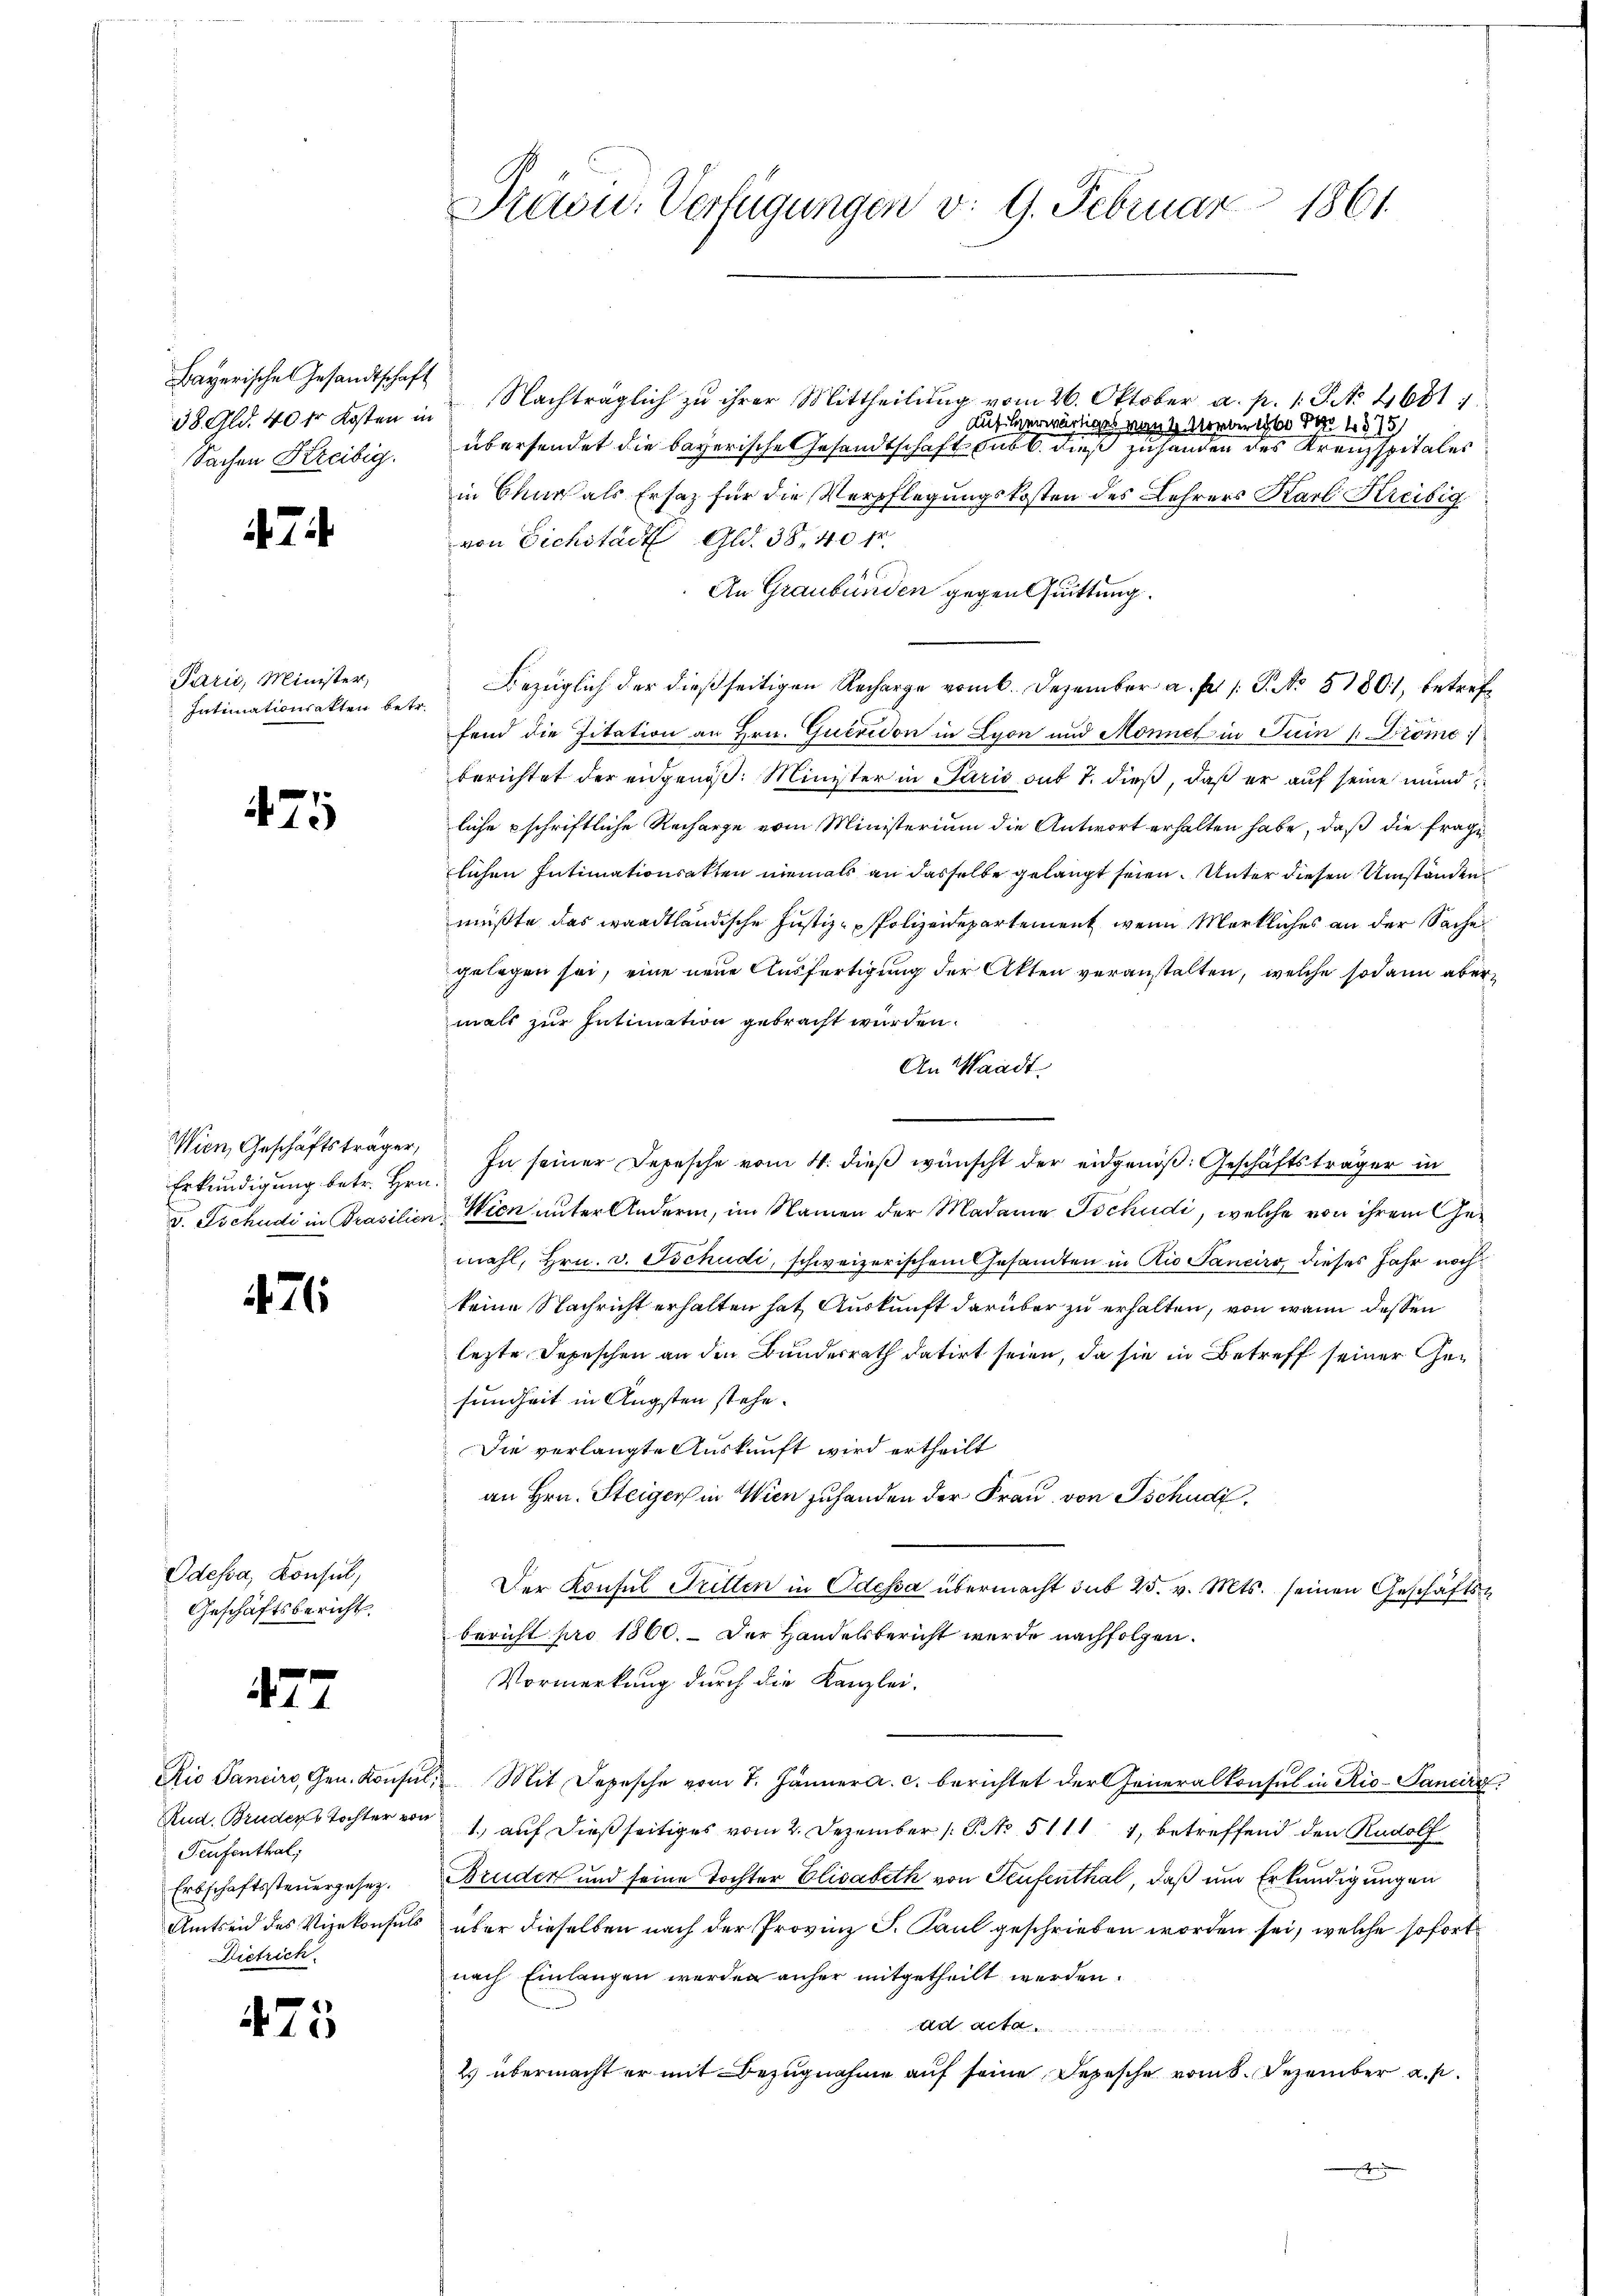
Bayerische Gesandtschaft
38 Al. 40 fr Kosten in
Sachen Kreibig.

474

Parić, Minister,
Intimationsakten betr.

425

Wien, Geschäftsträger,

71

Odessa, Konsul,
Geschäftsbericht.

477

Rio Sancirs, Gen. Konsin
Rud. Bruder Tochter von
Teufenthal,
Erbschaftssteuergesez.
Amtseid des Vizekonsuls
Dietrich.

475

Précu. Verfügungen v. 9. Februar 1861

Nachträglich zu ihrer Mittheilung vom 26. Oktober a. p. 1. P. No. 4681
übersendet die bayerische Gesandtschaft sub b. dieß zu handen des Kreuzspitales
in Chur als Ersatz für die Verpflegungskosten des Lehrers Karl Kreisig
von Sichstadt Gld. 38. 40 f.
An Graubünden gegen Quittung.
Bezüglich der dießseitigen Recharge vom 6. Dezember a. p. 1 S. No 81801, betreffend die Pitation an Hrn. Gucredon in Lyon und Monnet in Juin /: Dröme :/
berichtet der eidgenöß. Minister in Paris sub 7. dieß, daß er auf seine mundliche schriftliche Recharge vom Ministerium die Antwort erhalten habe, daß die frage
lichen Intimationsakten niemals an dasselbe gelangt seien. Unter diesen Umständen
müßte das waadtländische Justiz-Polizeidepartement, wenn Merkliches an der Sache
gelegen sei, eine neue Ausfertigung der Akten veranstalten, welche sodann aber
mals zur Intimation gebracht wurden.
An Waadt
Erkundigŭng betr. Hrn. In seiner Depesche vom 4. dieβ wünscht der eidgenöß: Geschäftsträger in
v. Tschudi in Prasilien Wien unter Anderm, im Namen der Madame Ischudi, welche von ihrem Gemahl, Hrn. v. Tschudi, schweizerischem Gesamten in Aio Sancirr, dieses Jahr noch
keine Nachricht erhalten hat, Auskunft darüber zu erhalten, von wenn dessen
lezte Depeschen an den Bundesrath datirt seien, da sie in Betreff seiner Gesundheit in Angsten stehe.
Die verlangte Auskunft wird ertheilt
an Hrn. Steiger in Wien zuhanden der Frau von Tschudi
Der Konsul Tritten in Odessa übermacht sub 25. v. Mts. seinen Geschäftsbericht pro 1860. Der Handelsbericht wurde nachfolgen.
Vormerkung durch die Kanzlei-
A. Mit Depesche vom 7. Jänner a. c. berichtet der Generalkonsul in Rio- Sancire
1.) auf dießseitiges vom 2. Dezember (T. No. 5111 1, betreffend den Rudolf
Bruder und seine Tochter Elisabeth von Teufenthal, daß um Erkundigungen
“ über dieselben nach der Provinz P. Paul geschrieben worden sei, welche sofort
nach Einlangen werden anher mitgetheilt werden.
ad acta
2) übermacht er mit Bezugnahme auf seine Depesche vom 8. Dezember a. f.

Auf herwärtiges von 2 Morber 1860 No 1375